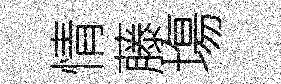
情藤塲